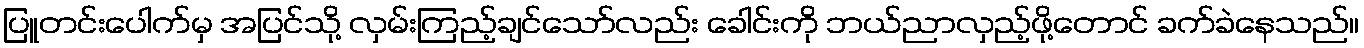
ပြူတင်းပေါက်မှ အပြင်သို့ လှမ်းကြည့်ချင်သော်လည်း ခေါင်းကို ဘယ်ညာလှည့်ဖို့တောင် ခက်ခဲနေသည်။